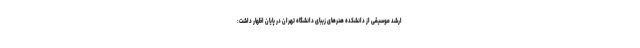
ارشد موسیقی از دانشکده هنرهای زیبای دانشگاه تهران در پایان اظهار داشت: